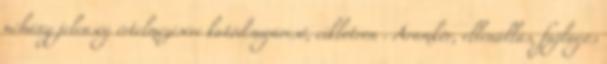
néhány jelenség értelmezésére katódsugárcső, ciklotron . Áramkör, ellenállás, fajlagos